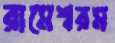
রামেশ্বরম